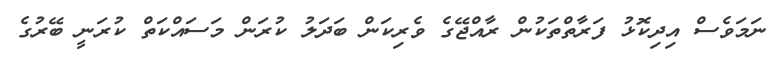
ނަމަވެސް އިދިކޮޅު ފަރާތްތަކުން ރާއްޖޭގެ ވެރިކަން ބަދަލު ކުރަން މަސައްކަތް ކުރަނީ ބޭރުގެ